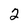
Character: 2